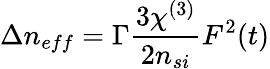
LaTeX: \Delta n_{eff}=\Gamma\frac{3\chi^{(3)}}{2n_{si}}F^{2}(t)